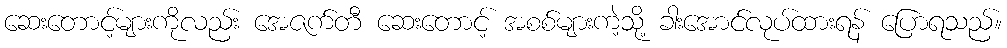
ဆေးတောင့်များကိုလည်း အေဇက်တီ ဆေးတောင့် အစစ်များကဲ့သို့ ခါးအောင်လုပ်ထားရန် ပြောရသည်။